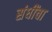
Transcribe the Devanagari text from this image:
संधींचा